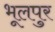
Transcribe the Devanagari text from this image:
भूलपुर